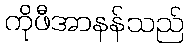
ကိုဖီအာနန်သည်